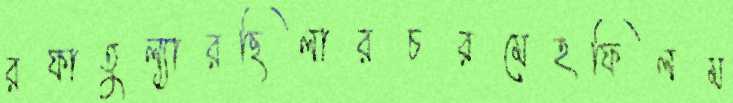
রফাতুল্যারছিলারচরমেহফিলম